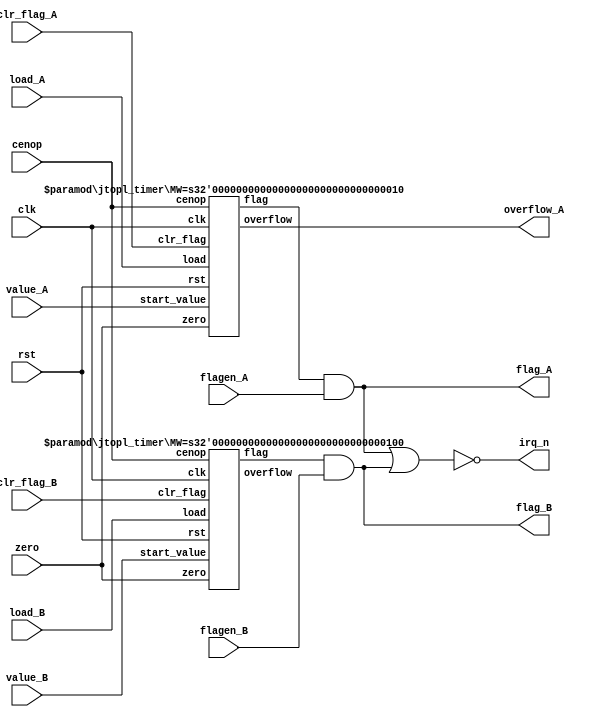
/*  This file is part of JTOPL.

    JTOPL is free software: you can redistribute it and/or modify
    it under the terms of the GNU General Public License as published by
    the Free Software Foundation, either version 3 of the License, or
    (at your option) any later version.

    JTOPL is distributed in the hope that it will be useful,
    but WITHOUT ANY WARRANTY; without even the implied warranty of
    MERCHANTABILITY or FITNESS FOR A PARTICULAR PURPOSE.  See the
    GNU General Public License for more details.

    You should have received a copy of the GNU General Public License
    along with JTOPL.  If not, see <http://www.gnu.org/licenses/>.

    Author: Jose Tejada Gomez. Twitter: @topapate
    Version: 1.0
    Date: 10-6-2020

    */

module jtopl_timers(
  input         clk,
  input         rst,
  input         cenop,
  input         zero,
  input [7:0]   value_A,
  input [7:0]   value_B,
  input         load_A,
  input         load_B,
  input         clr_flag_A,
  input         clr_flag_B,
  output        flag_A,
  output        flag_B,
  input         flagen_A,
  input         flagen_B,
  output        overflow_A,
  output        irq_n
);

wire   pre_A, pre_B;

assign flag_A = pre_A & flagen_A;
assign flag_B = pre_B & flagen_B;

assign irq_n = ~( flag_A | flag_B );

// 1 count per 288 master clock ticks
jtopl_timer #(.MW(2)) timer_A (
    .clk        ( clk       ), 
    .rst        ( rst       ),
    .cenop      ( cenop     ),
    .zero       ( zero      ),
    .start_value( value_A   ),
    .load       ( load_A    ),
    .clr_flag   ( clr_flag_A),
    .flag       ( pre_A     ),
    .overflow   ( overflow_A)
);

// 1 count per 288*4 master clock ticks
jtopl_timer #(.MW(4)) timer_B(
    .clk        ( clk       ), 
    .rst        ( rst       ),
    .cenop      ( cenop     ),
    .zero       ( zero      ),
    .start_value( value_B   ),
    .load       ( load_B    ),
    .clr_flag   ( clr_flag_B),
    .flag       ( pre_B     ),
    .overflow   (           )
);

endmodule

module jtopl_timer #(parameter MW=2) (
    input      clk, 
    input      rst,
    input      cenop,
    input      zero,
    input      [7:0] start_value,
    input      load,
    input      clr_flag,
    output reg flag,
    output reg overflow
);

reg    [7:0] cnt, next, init;
reg [MW-1:0] free_cnt, free_next;
reg          load_l, free_ov;

always@(posedge clk)
    if( clr_flag || rst)
        flag <= 1'b0;
    else if(cenop && zero && load && overflow) flag<=1'b1;

always @(*) begin
    {free_ov, free_next} = { 1'b0, free_cnt} + 1'b1;
/* verilator lint_off WIDTH */
    {overflow, next } = {1'b0, cnt}+free_ov;
/* verilator lint_on WIDTH */
    init = start_value;
end

always @(posedge clk) begin
    load_l <= load;
    if( (!load_l && load) || rst) begin
        cnt <= start_value;
    end else if( cenop && zero && load ) begin
        cnt <= overflow ? init : next;
    end
end

// Free running counter, resetting
// the value of this part with the load
// event can slow down music, vg Bad Dudes
always @(posedge clk) begin
    if( rst ) begin
        free_cnt <= 0;
    end else if( cenop && zero ) begin
        free_cnt <= free_next;
    end
end

endmodule